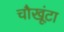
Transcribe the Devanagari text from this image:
चौखूंटा